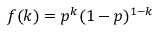
f ( k ) = p ^ { k } ( 1 - p ) ^ { 1 - k }